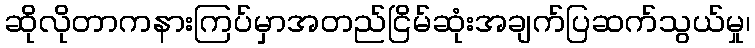
ဆိုလိုတာကနားကြပ်မှာအတည်ငြိမ်ဆုံးအချက်ပြဆက်သွယ်မှု၊